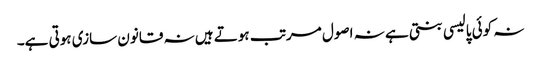
نہ کوئی پالیسی بنتی ہے نہ اصول مرتب ہوتے ہیں نہ قانون سازی ہوتی ہے۔